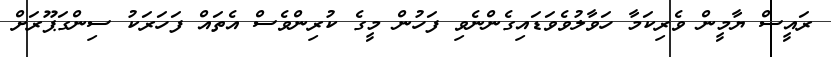
ރައީސް ޔާމީން ވެރިކަމާ ހަވާލުވެވަޑައިގެންނެވި ފަހުން މީގެ ކުރިންވެސް އެތައް ފަހަރަކު ސިންގަޕޫރަށް